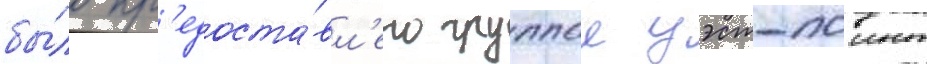
бы́ло пр'едоста́вл'ено группои уэст-поинт